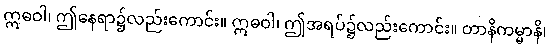
ဣဓဝါ၊ ဤနေရာ၌လည်းကောင်း။ ဣဓဝါ၊ ဤအရပ်၌လည်းကောင်း။ တာနိကမ္မာနိ၊